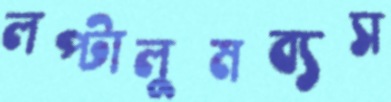
লপ্‌টালুমব্যস